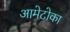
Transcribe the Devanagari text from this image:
आमेटोका